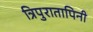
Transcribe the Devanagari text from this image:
त्रिपुरातापिनी